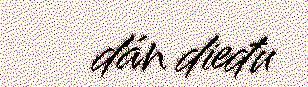
dán dieđu